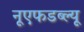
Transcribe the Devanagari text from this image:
नूएफडब्ल्यू